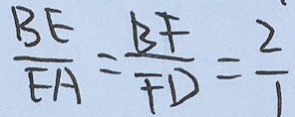
\frac { B E } { E A } = \frac { B F } { F D } = \frac { 2 } { 1 }